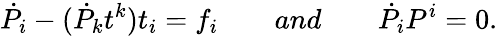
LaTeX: {\dot{P}}_{i}-({\dot{P}}_{k}t^{k})t_{i}=f_{i}\qquad and\qquad{\dot{P}}_{i}{P}^{i}=0.